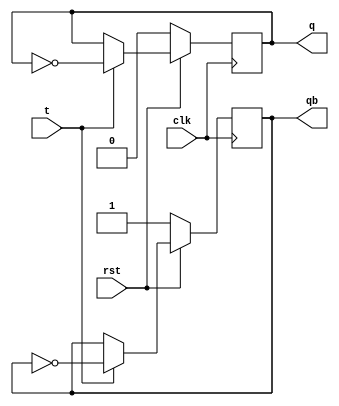
module t_ff(t,clk,rst,q,qb);
  input t,clk, rst;
  output reg q, qb;
  always @(posedge clk)
  begin
    if (rst == 0)
      begin
        q <= 0;
        qb <= 1;
      end
    else
      if (t==0) begin q<=q; qb<=qb; end
      else if (t==1) begin q<=~q; qb<=~qb; end
  end
endmodule


module async_up_counter(tin, clk, rst, q, qb);
  input tin, clk, rst;
  output [3:0]q;
  output qb;
  wire clk1, clk2, clk3;
  
  t_ff x1(.t(tin),.clk(clk),.rst(rst),.q(q[0]),.qb(clk1));
  t_ff x2(.t(tin),.clk(clk1),.rst(rst),.q(q[1]),.qb(clk2));
  t_ff x3(.t(tin),.clk(clk2),.rst(rst),.q(q[2]),.qb(clk3));
  t_ff x4(.t(tin),.clk(clk3),.rst(rst),.q(q[3]),.qb(qb));
  
endmodule